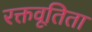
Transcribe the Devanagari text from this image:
रक्तवूतिता